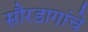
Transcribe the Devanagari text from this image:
सौरडागांचे